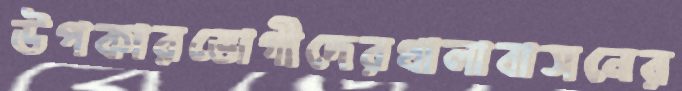
উপকারভোগীদেরথালাবাসনের